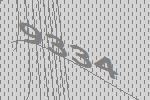
9334